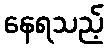
နေရသည့်